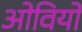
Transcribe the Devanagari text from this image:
ओवियों